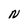
Character: N